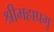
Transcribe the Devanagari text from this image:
श्रीमहाप्रभु